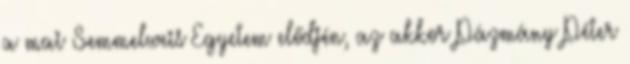
a mai Semmelweis Egyetem elődjén, az akkor Pázmány Péter